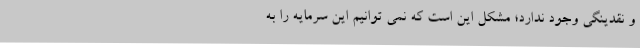
و نقدینگی وجود ندارد؛ مشکل این است که نمی توانیم این سرمایه را به